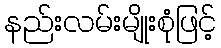
နည်းလမ်းမျိုးစုံဖြင့်